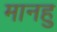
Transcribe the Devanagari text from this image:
मानहु